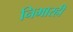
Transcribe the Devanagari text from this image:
निभारही